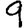
Digit: 9